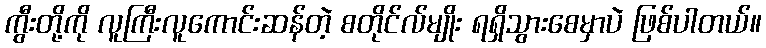
ကွီးတို့ကို လူကြီးလူကောင်းဆန်တဲ့ စတိုင်လ်မျိုး ရရှိသွားစေမှာပဲ ဖြစ်ပါတယ်။